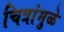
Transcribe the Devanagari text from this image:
चित्रांमुळे